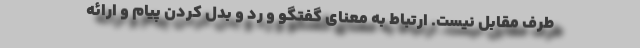
طرف مقابل نیست. ارتباط به معنای گفتگو و رد و بدل کردن پیام و ارائه